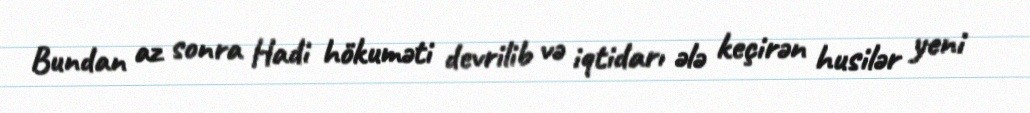
Bundan az sonra Hadi hökuməti devrilib və iqtidarı ələ keçirən husilər yeni